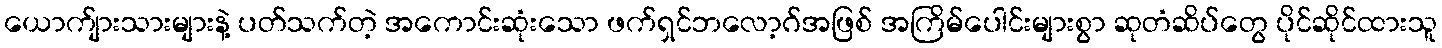
ယောက်ျားသားများနဲ့ ပတ်သက်တဲ့ အကောင်းဆုံးသော ဖက်ရှင်ဘလော့ဂ်အဖြစ် အကြိမ်ပေါင်းများစွာ ဆုတံဆိပ်တွေ ပိုင်ဆိုင်ထားသူ